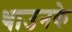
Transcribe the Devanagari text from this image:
थाउनके